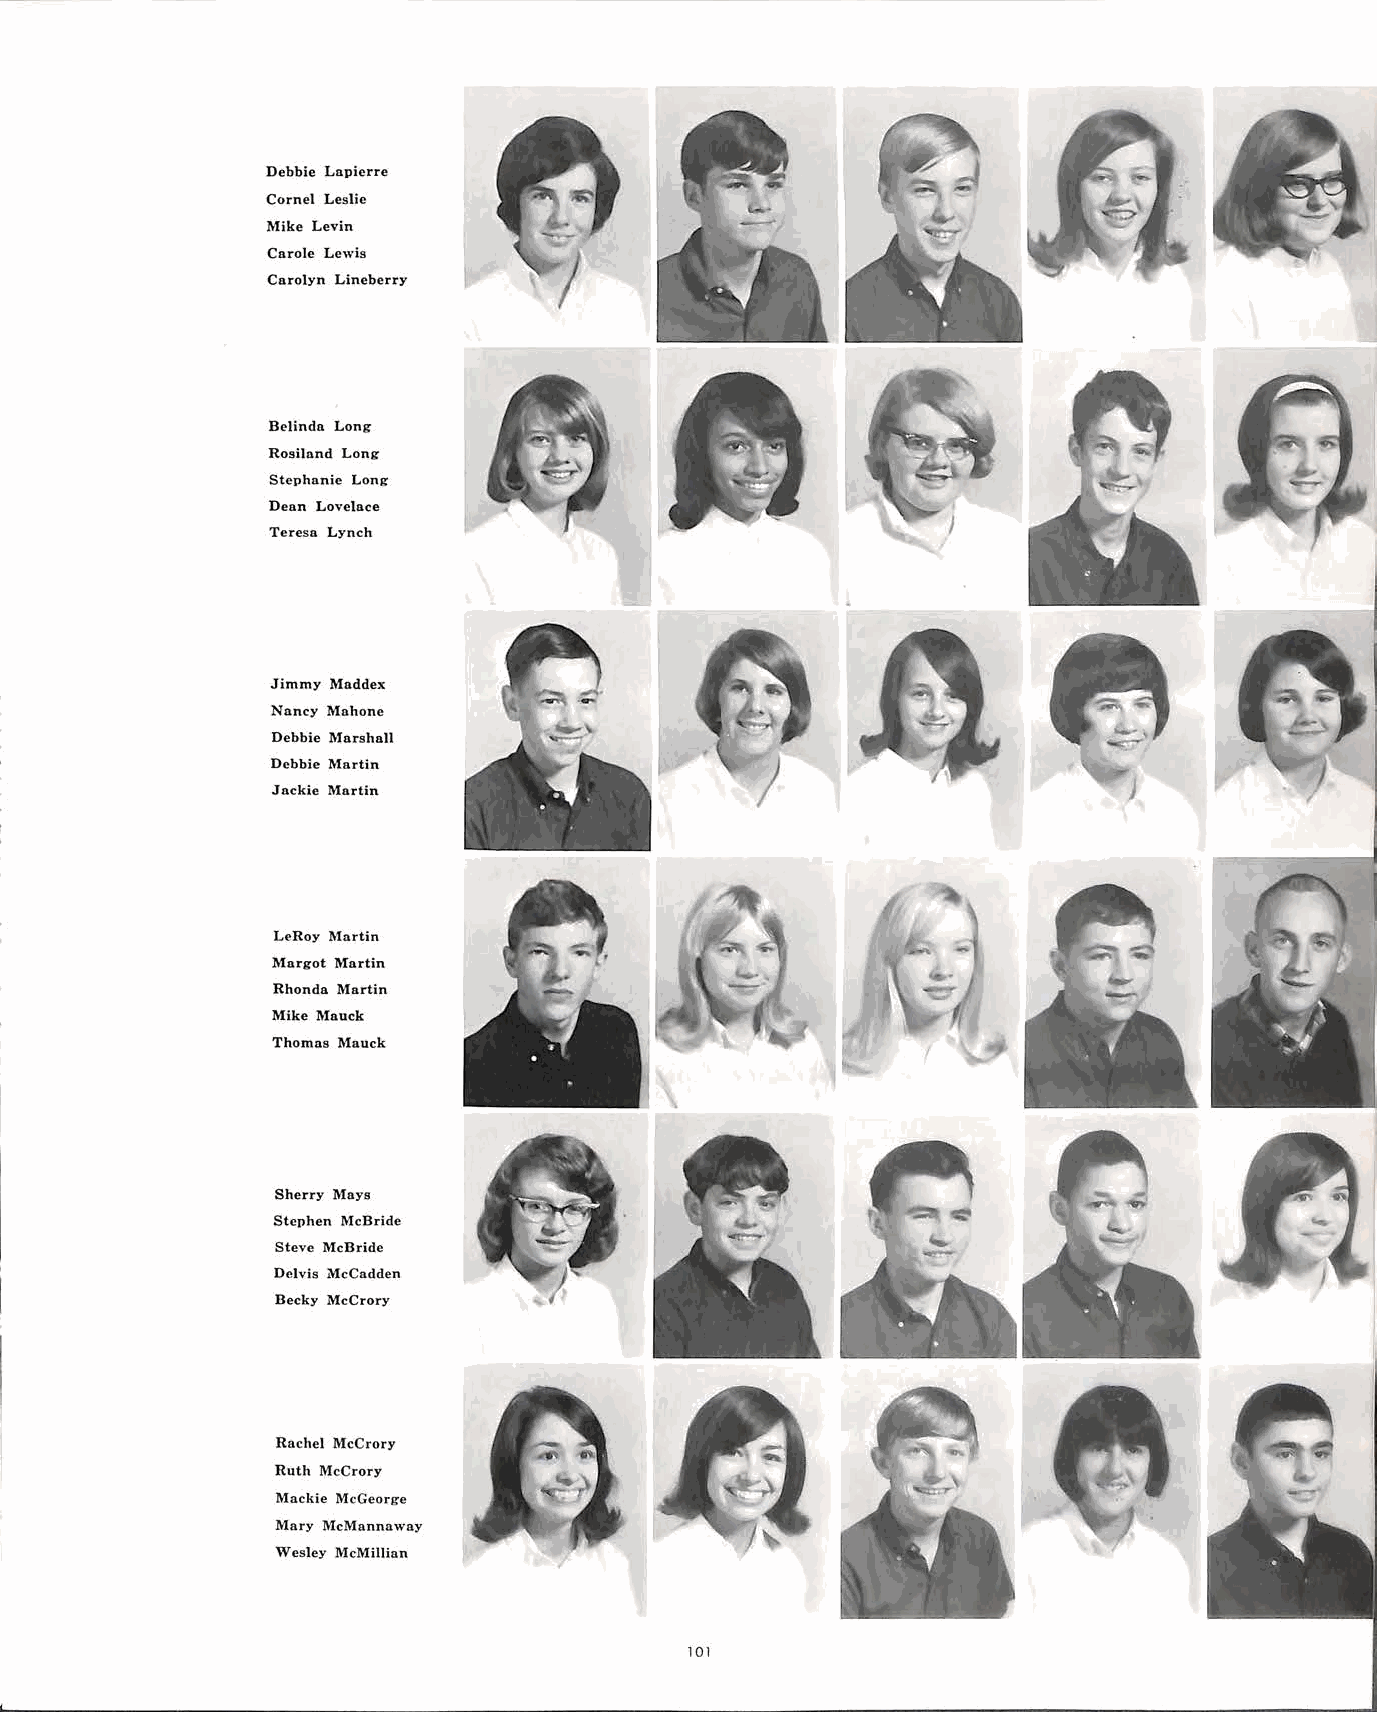
Debbie Lapierre
 Corne! Leslie
 Mike Levin
 Carole Lewis
 Carolyn Lineberry
 Belinda Long
 Rosiland Long
 Stephnnic Long
 Dean Lovelace
 Teresa Lynch
 Jimmy Maddex
 Nancy l\fahone
 Debbie Marshall
 Debbie Mnrtin
 Jnckie Martin
 LeRoy Martin
 Margot llfartin
 Rhonda Martin
 Mike Mauck
 Thomas Mauck
 Sherry Mays
 Stephen McBride
 Steve McBride
 Delvis McCadden
 Becky McCrory
 Rachel McCrory
 Ruth McCrory
 Mackie McGeorge
 Mary McMannaway
 Wesley McMillian
 101